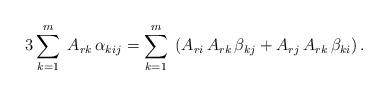
LaTeX: \begin{align*}3\sum_{k=1}^m\; A_{rk}\,\alpha_{kij} = \sum_{k=1}^m\; \left(A_{ri}\,A_{rk}\,\beta_{kj} + A_{rj}\,A_{rk}\,\beta_{ki} \right). \end{align*}